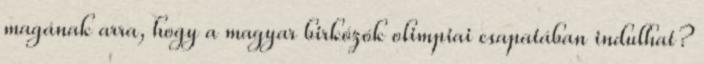
magának arra, hogy a magyar birkózók olimpiai csapatában indulhat?